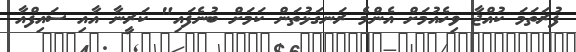
ފުރަތަމަ ކުއްޖާ ވިހެއުމަށް އެންމެ ރަނގަޅުތަން ކަމަށް ބުނެފައި" ކަރީނާ އާއި ސައިފްއާ